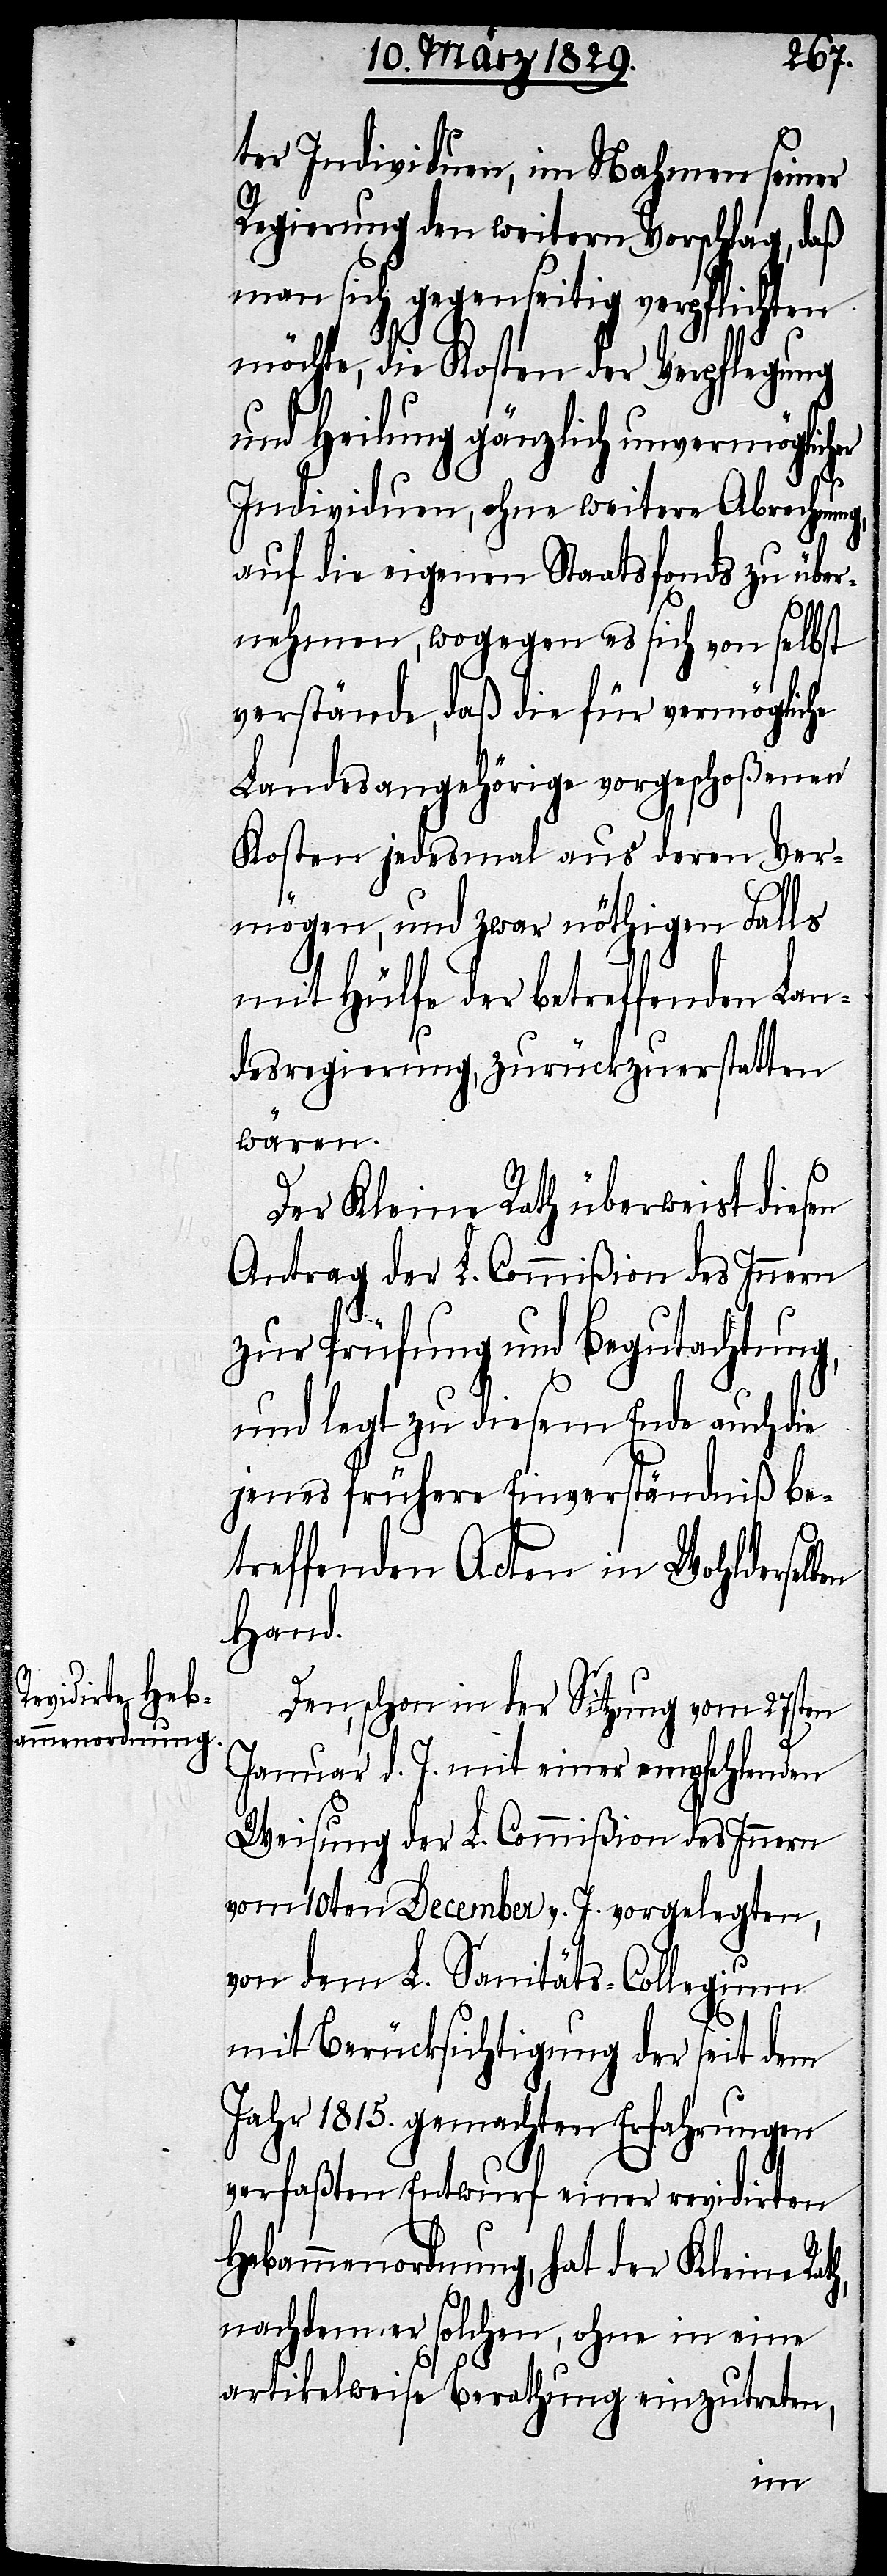
ter Individuen, im Nahmen seiner
Regierung den weitern Vorschlag, daß
man sich gegenseitig verpflichten
möchte, die Kosten der Verpflegung
und Heilung gänzlich unvermöglicher
Individuen, ohne weitere Abrechnung,
auf die eigenen Staatsfonds zu über¬
nehmen, wogegen es sich von selbst
verstände, daß die für vermögliche
Landesangehörige vorgeschoßenen
Kosten jedesmal aus deren Ver¬
mögen, und zwar nöthigen Falls
mit Hülfe der betreffenden Lan¬
desregierung, zurückzuerstatten
wären.
Der Kleine Rath überweist diesen
Antrag der L. Commißion des Innern
zur Prüfung und Begutachtung,
und legt zu diesem Ende auch die
jenes frühere Einverständniß be¬
treffenden Acten in Wohlderselben
Hand.
Den, schon in der Sitzung vom 27sten
Januar d. J. mit einer empfehlenden
Weisung der L. Commißion des Innern
vom 10ten December. v. J. vorgelegten,
von dem L. Sanitäts-Collegium
mit Berücksichtigung der seit dem
Jahr 1815. gemachten Erfahrungen
verfaßten Entwurf einer revidirten
Hebammenordnung, hat der Kleine
nachdem er solchen, ohne in eine
artikelweise Berathung einzutreten,